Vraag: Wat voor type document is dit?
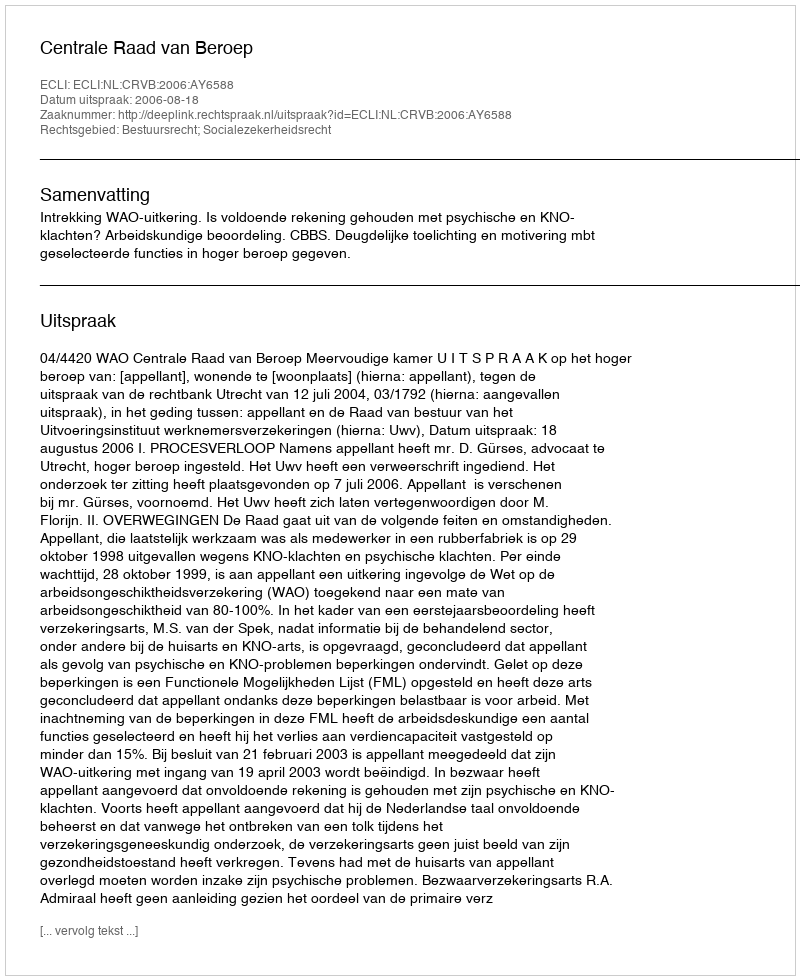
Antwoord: Uitspraak